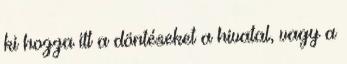
ki hozza itt a döntéseket a hivatal, vagy a